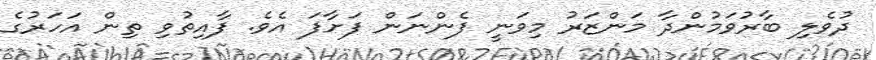
ދުވެލި ބާރުވަމުންދާ މަންޒަރު މިވަނީ ފެންނަން ފަށާފަ އެވެ. ފާއިތުވި ތިން އަހަރުގެ